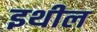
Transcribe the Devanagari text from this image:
इथील